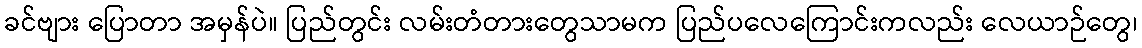
ခင်ဗျား ပြောတာ အမှန်ပဲ။ ပြည်တွင်း လမ်းတံတားတွေသာမက ပြည်ပလေကြောင်းကလည်း လေယာဉ်တွေ၊